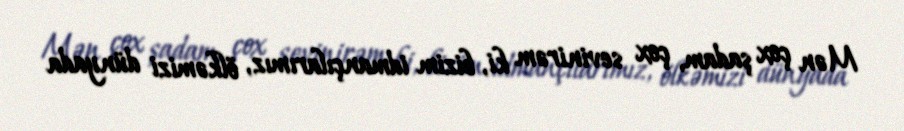
Mən çox şadam, çox sevinirəm ki, bizim idmançılarımız, ölkəmizi dünyada